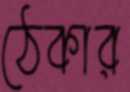
ঠেকার